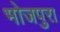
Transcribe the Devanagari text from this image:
भोजपुरा